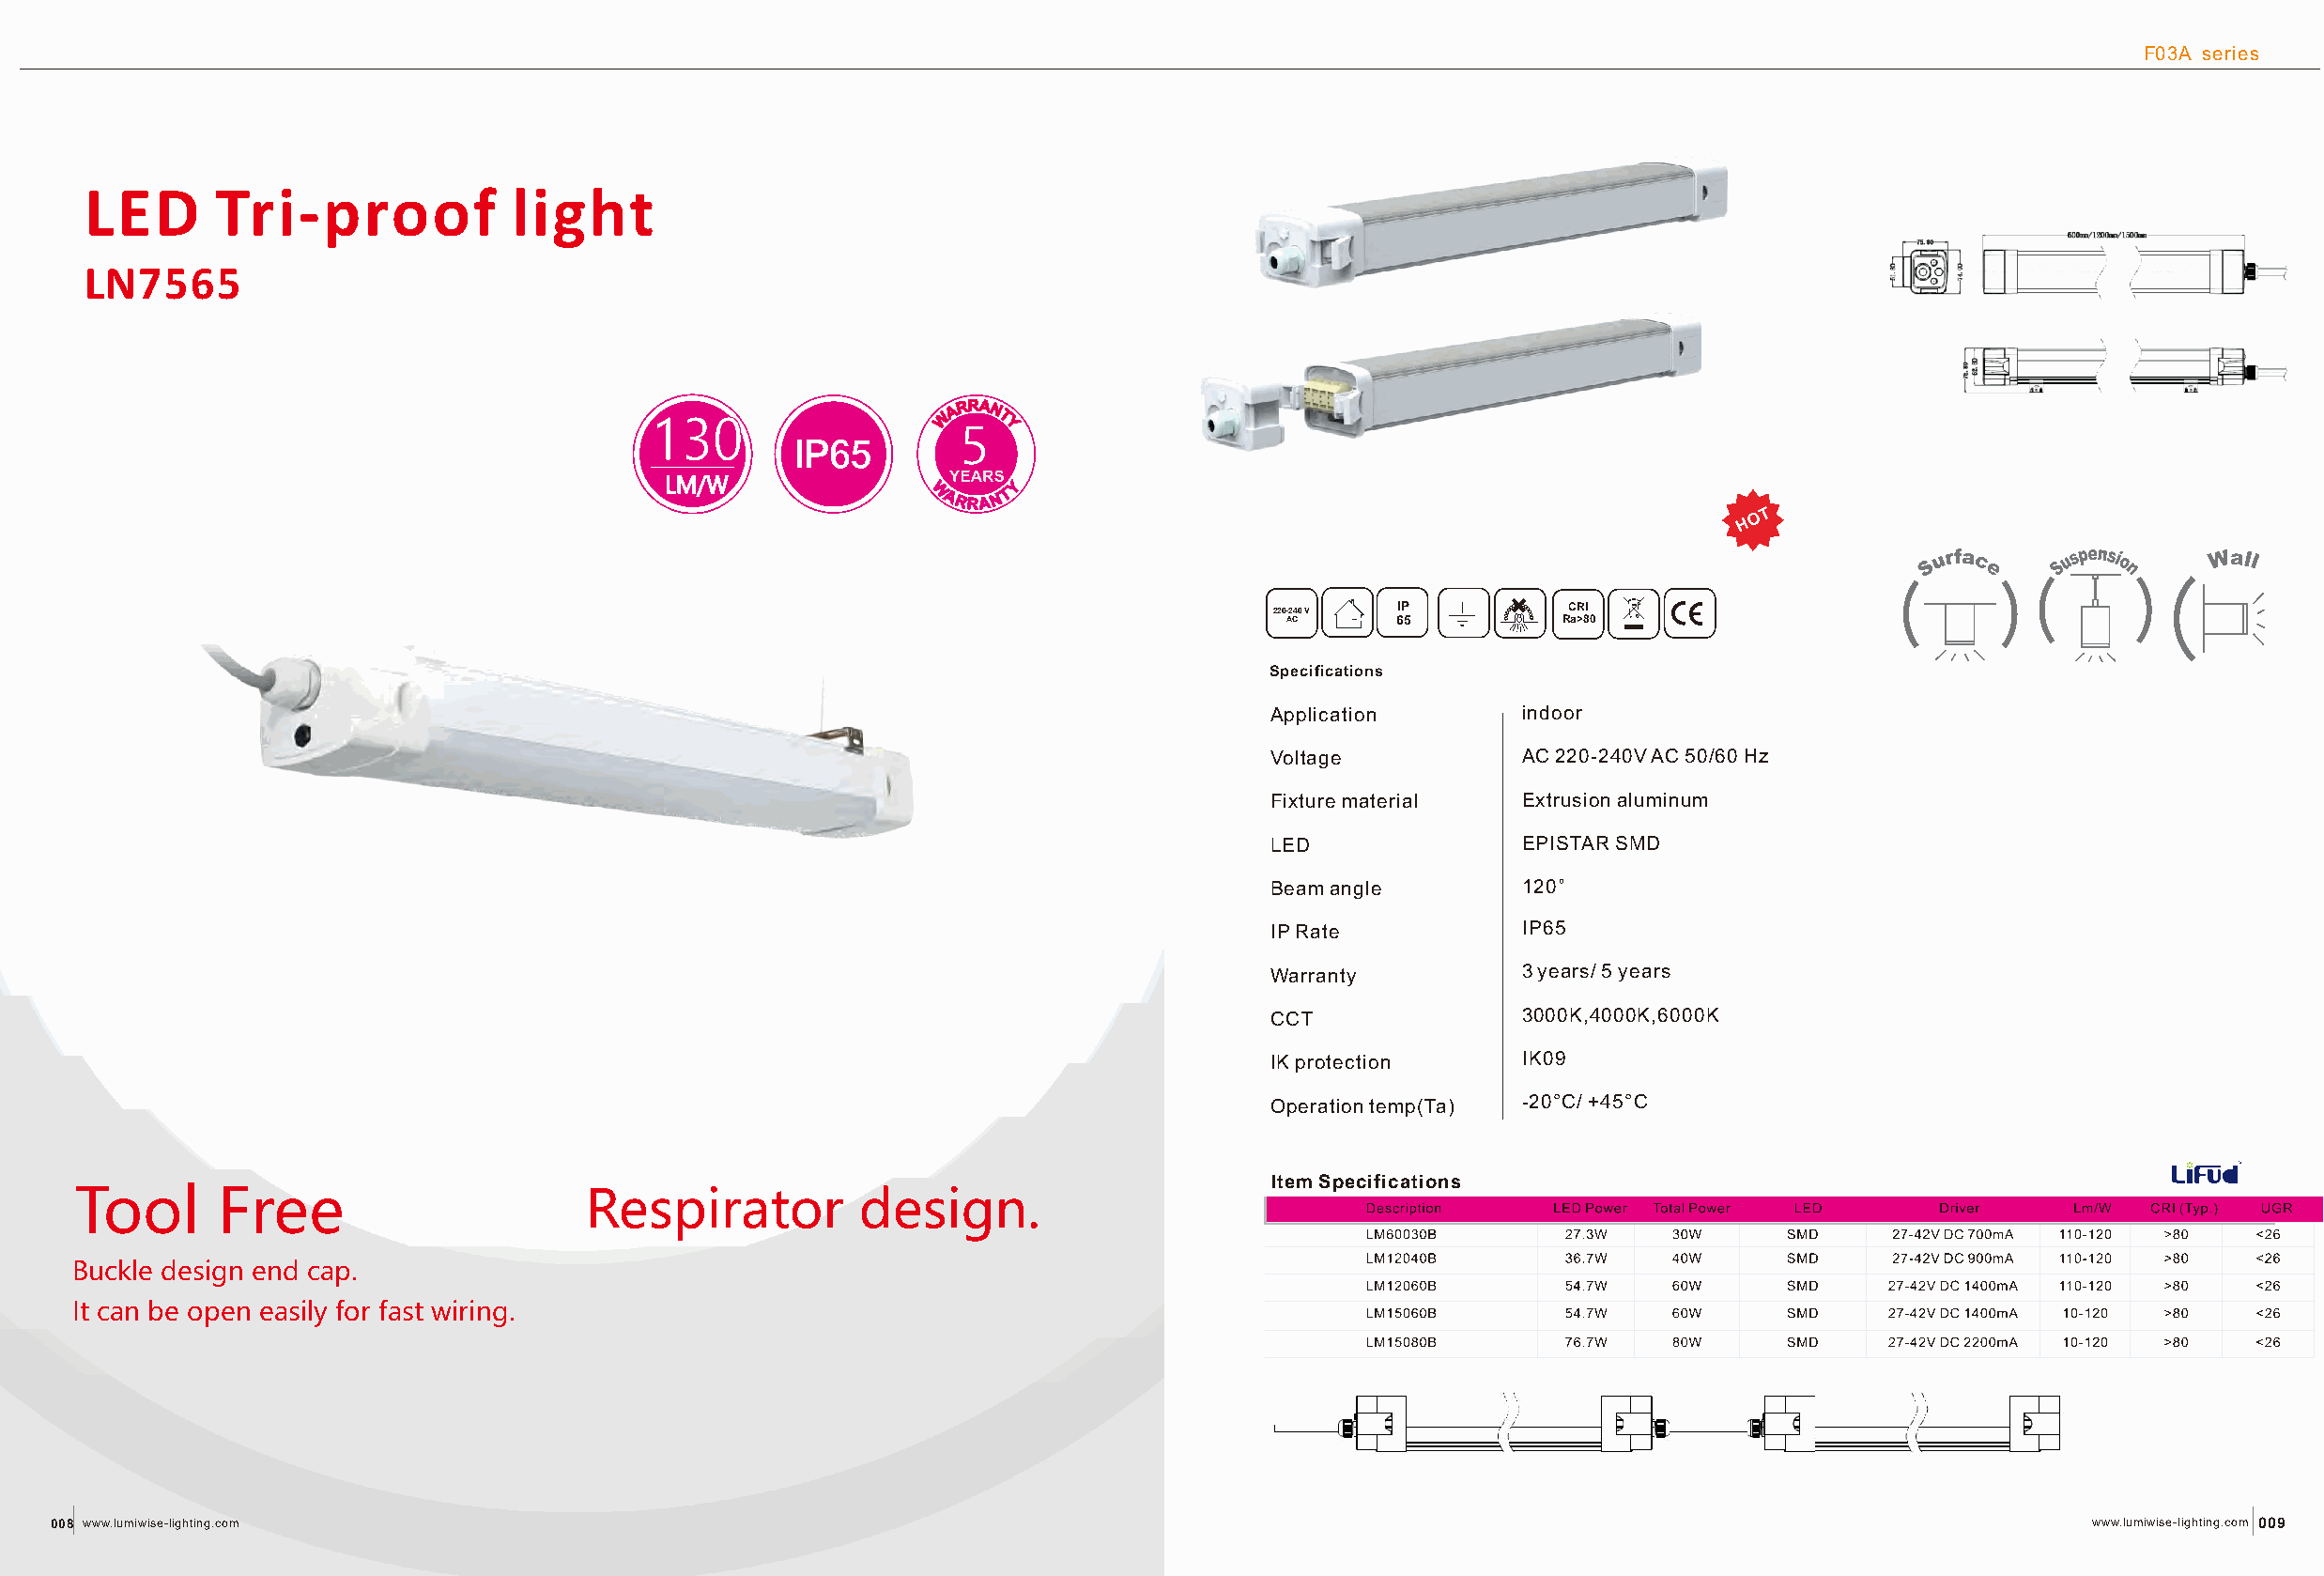
F03A series
 F03A series
 LED      Tri-proof            light
 LN7565
 130
 5
 O T
 H
 LM/W
 O T
 H
 220-240 V IP         CCRRII
 AC      67          RRaa>>8800
 220-240 V IP         CCRRII
 AC     65          RRaa>>8800                                                                                                                                                                         Specifications
 On/off Motion sensor
 Application       indoor
 Specifications
 Application      indoor                                                                                                                                                                                Voltage           AC 220-240V AC 50/60 Hz
 Voltage          AC 220-240V AC 50/60 Hz                                                                                                                                                               Fixture material  E xtrusion aluminum
 Fixture material E xtrusion aluminum                                                                                                                                                                   LED               EPISTAR SMD
 LED              EPISTAR SMD                                                                                                                                                                           Beam angle        120°
 Beam angle       120°                                                                                                                                                                                  IP Rate           IP67/IP69K
 IP Rate          IP65                                                                                                                                                                                  Warranty          3 years/ 5 years
 Warranty         3 years/ 5 years                                                                                                                                                                      CCT               3000K,4000K,RGB&CCT adjustable
 CCT              3000K,4000K,6000K                                                                                                                                                                     IK protection     IK10
 IK protection    IK09                                                                                                                                                                                  Operation temp(Ta) -20°C/ +45°C
 Operation temp(Ta) -20°C/ +45°C
 Item Specifications
 Item Specifications
 Tool      Free                      Respirator          design.
 Buckle design end cap.
 It can be open easily for fast wiring.
 008 www.lumiwise-lighting.com                                                                                                                   www.lumiwise-lighting.com 009